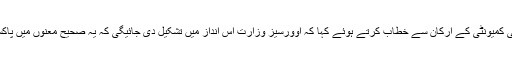
اپنے دورے کے دوران وزیراعظم عمران خان نے جدہ میں شاہ فیصل محل میں سعودی عرب میں مقیم پاکستانی کمیونٹی کے ارکان سے خطاب کرتے ہوئے کہا کہ اوورسیز وزارت اس انداز میں تشکیل دی جائیگی کہ یہ صحیح معنوں میں پاکستانیوں ، سرمایہ کاروں اور سرمایہ کاری کی خدمت کرسکے اور ان کے مسائل حل کرنے کی کوشش کرے۔